Sketch of the medical history of the native army of Bombay, for the year
Year: 1872
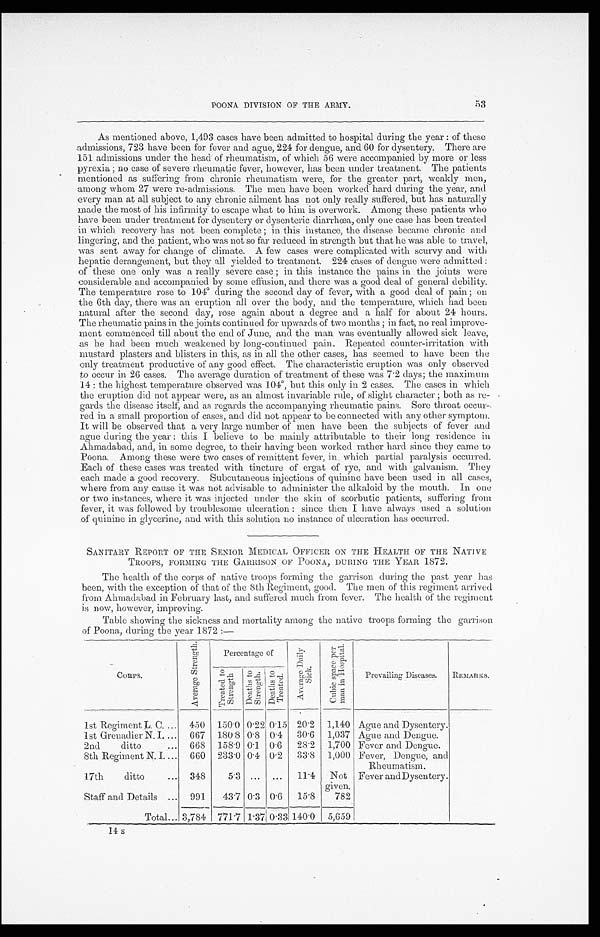
POONA DIVISION OF THE ARMY. 53
As mentioned above, 1,493 cases have been admitted to hospital during the year : of these
admissions, 723 have been for fever and ague, 224 for dengue, and 60 for dysentery. There are
151 admissions under the head of rheumatism, of which 56 were accompanied by more or less
pyrexia ; no case of severe rheumatic fever, however, has been under treatment. The patients
mentioned as suffering from chronic rheumatism were, for the greater part, weakly men,
among whom 27 were re-admissions. The men have been worked hard during the year, and
every man at all subject to any chronic ailment has not only really suffered, but has naturally
made the most of his infirmity to escape what to him is overwork. Among these patients who
have been under treatment for dysentery or dysenteric diarrhœa, only one case has been treated
in which recovery has not been complete ; in this instance, the disease became chronic and
lingering, and the patient, who was not so far reduced in strength but that he was able to travel,
was sent away for change of climate. A few cases were complicated with scurvy and with
hepatic derangement, but they all yielded to treatment. 224 cases of dengue were admitted :
of these one only was a really severe case ; in this instance the pains in the joints were
considerable and accompanied by some effusion, and there was a good deal of general debility.
The temperature rose to 104º during the second day of fever, with a good deal of pain ; on
the 6th day, there was an eruption alt over the body, and the temperature, which had been
natural after the second day, rose again about a degree and a half for about 24 hours.
The rheumatic pains in the joints continued for upwards of two months ; in fact, no real improve
-
ment commenced till about the end of June, and the man was eventually allowed sick leave,
as he had been much weakened by long-continued pain. Repeated counter-irritation with
mustard plasters and blisters in this, as in all the other cases, has seemed to have been the
only treatment productive of any good effect. The characteristic eruption was only observed
to occur in 26 cases. The average duration of treatment of these was 7.2 days; the maximum
14 : the highest temperature observed was 104º, but this only in 2 cases. The cases in which
the eruption did not appear were, as an almost invariable rule, of slight character ; both as re
-
gards the disease itself, and as regards the accompanying rheumatic pains. Sore throat occur
-
red in a small proportion of cases, and did not appear to be connected with any other symptom.
It will be observed that a very large number of men have been the subjects of fever and
ague during the year : this I believe to be mainly attributable to their long residence in
Ahmadabad, and, in some degree, to their having been worked rather hard since they came to
Poona. Among these were two cases of remittent fever, which partial paralysis occurred.
Each of these cases was treated with tincture of ergat of rye, and with galvanism. They
each made a good recovery. Subcutaneous injections of quinine have been used in all cases,
where from any cause it was not advisable to administer the alkaloid by the mouth. In one
or two instances, where it was injected under the skin of scorbutic patients, suffering from
fever, it was followed by troublesome ulceration : since then I have always used a solution
of quinine in glycerine, and with this solution no instance of ulceration has occurred.
SANITARY REPORT OF THE SENIOR MEDICAL OFFICER ON THE HEALTH OF THE NATIVE
TROOPS, FORMING THE GARRISON OF POONA, DURING THE YEAR 1872.
The health of the corps of native troops forming the garrison during the past year has
been, with the exception of that of the 8th Regiment, good. The men of this regiment arrived
from Ahmadabad in February last, and suffered much from fever. The health of the regiment
is now, however, improving.
Table showing the sickness and mortality among the native troops forming the garrison
of Poona, during the year 1872 :—
C O R P S .
A v e r a g e S t r e n g t h . Percentage of
A v e r a g e D a i l y S i c k .
C u b i c s p a c e - p e r m a n i n H o s p i t a l .
Prevailing Diseases.
REMARKS.
T r e a t e d t o S t r e n g t h
De a t hs t o St r e ngt h.
D e a t h s t o T r e a t e d .
1st Regiment L. C. . . .
450
150.0 0.22 0.15 20.2
1,140 Ague and Dysentery.
1st Grenadier N. I. . . .
667
180.8 0.8 0.4
30.6
1,037 Ague and Dengue.
2nd ditto . . .
668
158.9 0.1 0.6
28.2
1,700 Fever and Dengue.
8th Regiment N. I. . . .
660
233.0 0.4 0.2
33.8
1,000 Fever, Dengue, and
Rheumatism.
17th ditto . . . 348
5.3 . . .
. . .
11.4
Not
given.
Fever andDysentery.
Staff and Details . . .
991
43.7 0.3 0.6
15.8
782
Total . . . 3,784
771.7
1.37 0.33
140.0
5,659
14 s